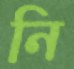
নি